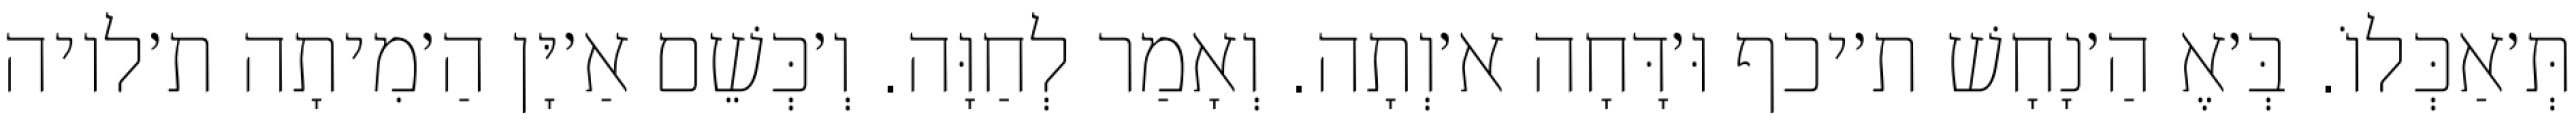
תְּ׳אַכְּלוֹ. בְּ׳אֶ הַ׳נָחָשׁ ת׳יכף וּ׳דָּחָה א׳וְתָה. וְאָמַר לְחַוָּה. וְ׳כְּשֵׁם אַ׳יָּן הַ׳מִיתָה ת׳לויה